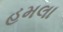
હમલા